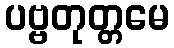
ပဗ္ဗတုတ္တမေ